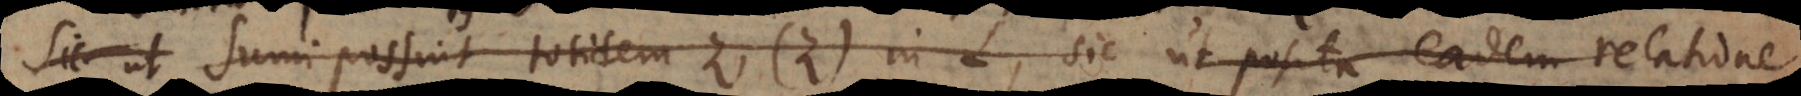
in A, sumi possint totidem z, (z) in L, sic ut posita eadem relatione